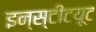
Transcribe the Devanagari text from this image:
इन्स्टीटय़ूट